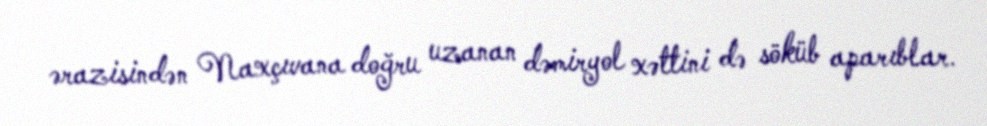
ərazisindən Naxçıvana doğru uzanan dəmiryol xəttini də söküb aparıblar.